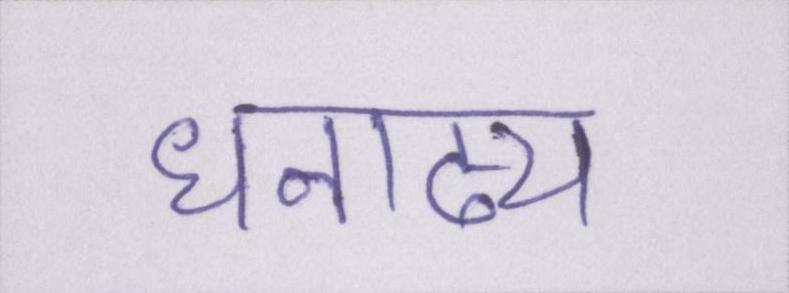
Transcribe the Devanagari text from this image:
धनाढ्य